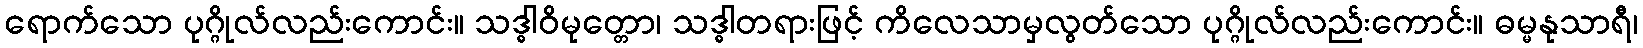
ရောက်သော ပုဂ္ဂိုလ်လည်းကောင်း။ သဒ္ဓါဝိမုတ္တော၊ သဒ္ဓါတရားဖြင့် ကိလေသာမှလွတ်သော ပုဂ္ဂိုလ်လည်းကောင်း။ ဓမ္မနုသာရီ၊